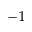
^ { - 1 }